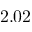
2 . 0 2